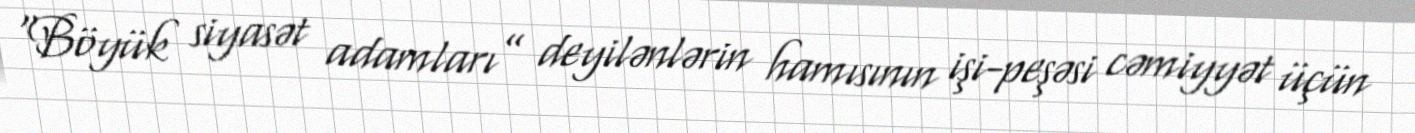
“Böyük siyasət adamları” deyilənlərin hamısının işi-peşəsi cəmiyyət üçün